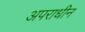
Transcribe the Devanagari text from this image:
अपराधीन